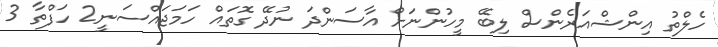
ހެލްތު އިންޝްއަރެންސް ލިބޭ މީހުންނަށް އާސަންދަ ނުދޭ ގޮތައް ހަމަޖައްސަނީ2 ހަފްތާ 3